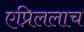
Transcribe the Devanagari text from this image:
एप्रिललाच